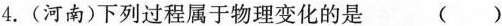
4.(河南)下列过程属于物理变化的是 ( )